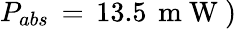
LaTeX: P_{abs}\, =\, 13.5\, \mathrm{~m~W~})